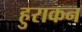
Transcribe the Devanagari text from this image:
हुराकन